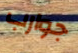
جوارب